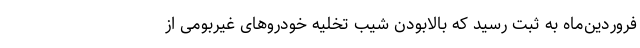
فروردین‌ماه به ثبت رسید که بالابودن شیب تخلیه خودرو‌های غیربومی از